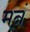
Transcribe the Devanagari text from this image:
मनं